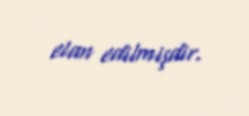
elan edilmişdir.